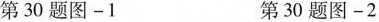
第30题图—1 第30题图—2